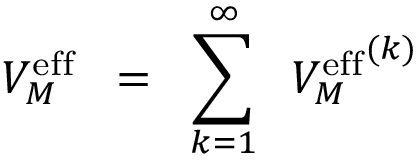
V _ { M } ^ { \mathrm { e f f } } \; \; = \; \; \sum _ { k = 1 } ^ { \infty } \; \; { V _ { M } ^ { \mathrm { e f f } } } ^ { ( k ) }